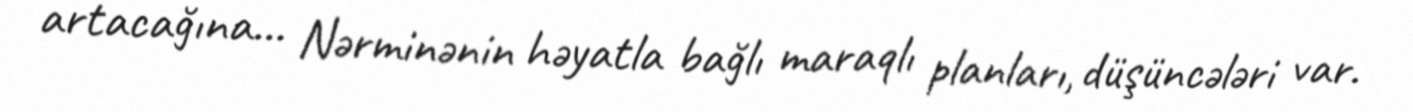
artacağına… Nərminənin həyatla bağlı maraqlı planları, düşüncələri var.